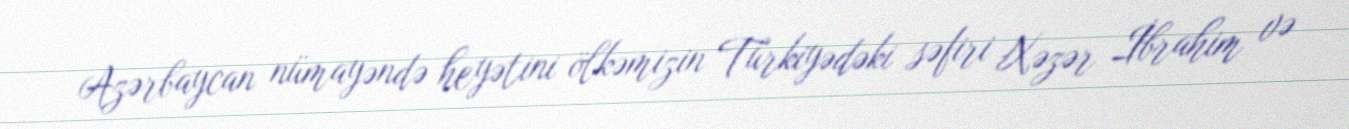
Azərbaycan nümayəndə heyətini ölkəmizin Türkiyədəki səfiri Xəzər İbrahim və